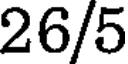
26/5